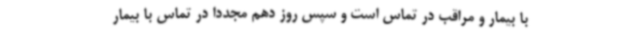
با بیمار و مراقب در تماس است و سپس روز دهم مجددا در تماس با بیمار